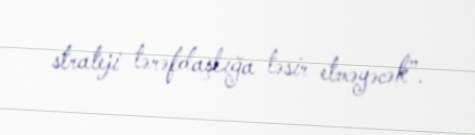
strateji tərəfdaşlığa təsir etməyəcək”.